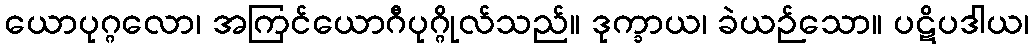
ယောပုဂ္ဂလော၊ အကြင်ယောဂီပုဂ္ဂိုလ်သည်။ ဒုက္ခာယ၊ ခဲယဉ်သော။ ပဋိပဒါယ၊